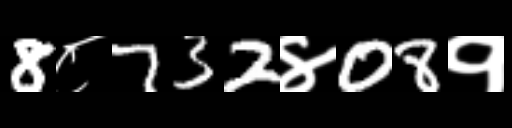
Text: 8८732४08१